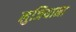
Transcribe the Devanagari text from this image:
लुजियाना